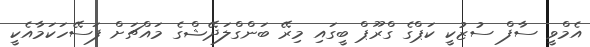
އެމްވީ ސާފް ސުޒުކީ ކަޕްގެ ގްރޫޕް ބީގައި މިރޭ ބަންގްލަދޭޝްގެ މައްޗަށް ފަސޭހަކަމާއެކީ